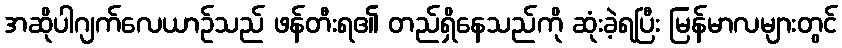
အဆိုပါဂျက်လေယာဉ်သည် ဖန်တီးရ၏ တည်ရှိနေသည်ကို ဆုံးခဲ့ရပြီး မြန်မာလများတွင်